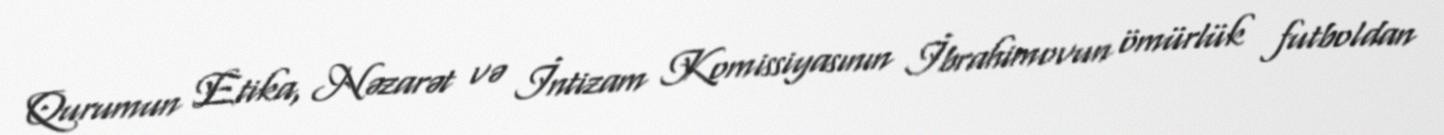
Qurumun Etika, Nəzarət və İntizam Komissiyasının İbrahimovun ömürlük futboldan